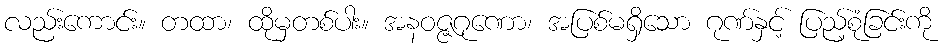
လည်းကောင်း။ တထာ၊ ထိုမှတစ်ပါး။ အနဝဇ္ဇဂုဏော၊ အပြစ်မရှိသော ဂုဏ်နှင့် ပြည့်စုံခြင်းကို